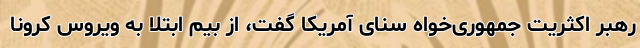
رهبر اکثریت جمهوری‌خواه سنای آمریکا گفت، از بیم ابتلا به ویروس کرونا